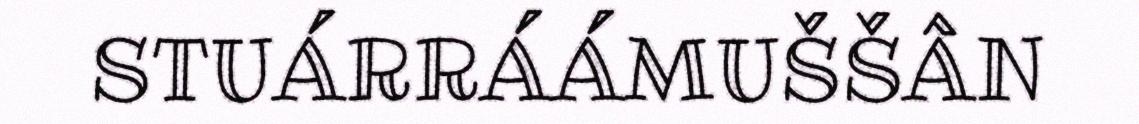
STUÁRRÁÁMUŠŠÂN